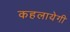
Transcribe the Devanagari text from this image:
कहलायेगी